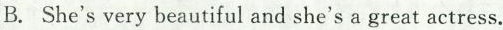
B. She's very beautiful and she's a great actress.